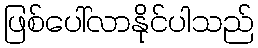
ဖြစ်ပေါ်လာနိုင်ပါသည်